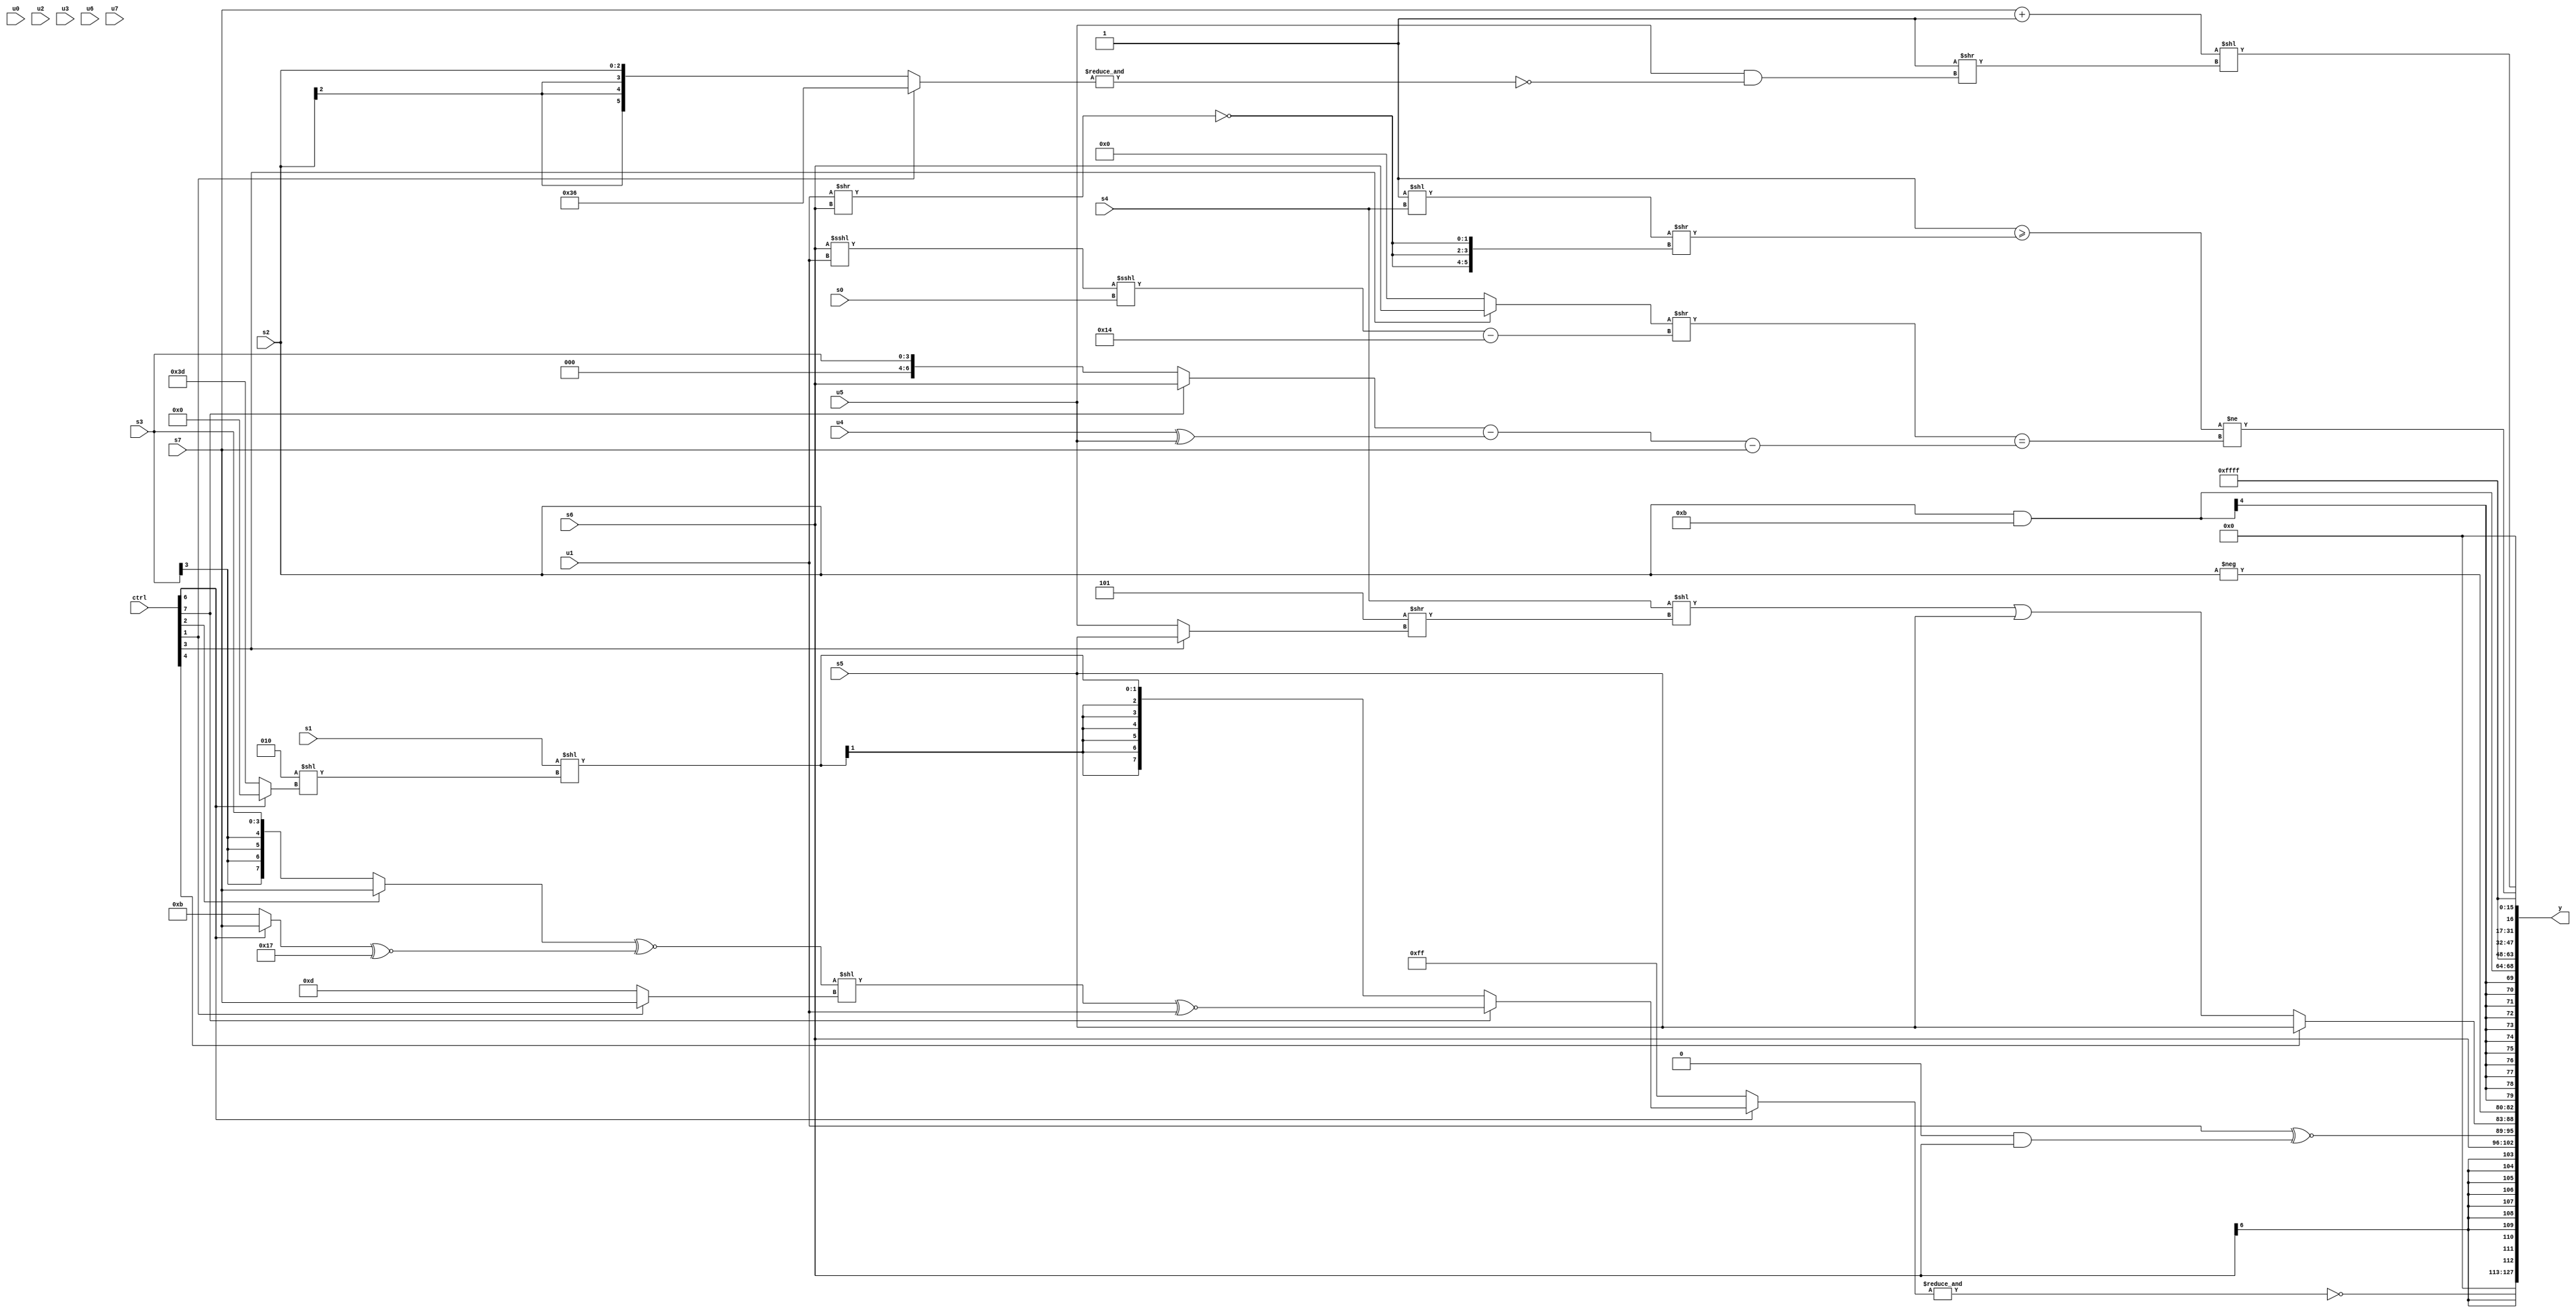
module wideexpr_00296(ctrl, u0, u1, u2, u3, u4, u5, u6, u7, s0, s1, s2, s3, s4, s5, s6, s7, y);
  input [7:0] ctrl;
  input [0:0] u0;
  input [1:0] u1;
  input [2:0] u2;
  input [3:0] u3;
  input [4:0] u4;
  input [5:0] u5;
  input [6:0] u6;
  input [7:0] u7;
  input signed [0:0] s0;
  input signed [1:0] s1;
  input signed [2:0] s2;
  input signed [3:0] s3;
  input signed [4:0] s4;
  input signed [5:0] s5;
  input signed [6:0] s6;
  input signed [7:0] s7;
  output [127:0] y;
  wire [15:0] y0;
  wire [15:0] y1;
  wire [15:0] y2;
  wire [15:0] y3;
  wire [15:0] y4;
  wire [15:0] y5;
  wire [15:0] y6;
  wire [15:0] y7;
  assign y = {y0,y1,y2,y3,y4,y5,y6,y7};
  assign y0 = ~&((ctrl[6]?(ctrl[7]?((($signed($signed((ctrl[2]?s7:s3))))^~($signed(((ctrl[6]?s7:6'sb001011))^~(6'sb010111))))<<((ctrl[1]?s7:5'sb01101)))^~($signed({1{u1}})):$signed((s1)<<(($signed(~(3'sb101)))<<((ctrl[6]?3'sb000:6'sb111101))))):3'sb111));
  assign y1 = s6;
  assign y2 = {{u0,s3},{($signed($signed(u1)))^~((1'sb0)&($signed({1{$signed(s6)}}))),(ctrl[4]?s5:((s4)<<(((5'sb00111)^(6'sb111010))>>((ctrl[3]?s5:u5))))|(s5)),-(s2)}};
  assign y3 = (s2)&(6'sb001011);
  assign y4 = 1'sb1;
  assign y5 = ((s7)+(+(2'sb11)))<<((4'sb1111)>>((u5)&(~&((ctrl[1]?6'sb110110:s2)))));
  assign y6 = (($signed($signed(1'sb1)))>=((+($signed((4'sb1111)<<(s4))))>>({3{~((u1)>>(s6))}})))!=((((ctrl[3]?(ctrl[3]?+(s6):$signed(s7)):$signed((1'b1)>>(3'sb101))))>>((((s6)<<<(u1))<<<(s0))-(6'sb010100)))==((((ctrl[7]?$signed(s6):s3))-(+((u4)^(u5))))-(s7)));
  assign y7 = 1'sb1;
endmodule